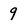
Character: 9